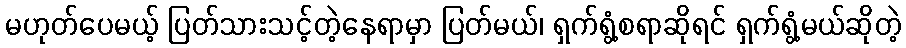
မဟုတ်ပေမယ့် ပြတ်သားသင့်တဲ့နေရာမှာ ပြတ်မယ်၊ ရှက်ရွံ့စရာဆိုရင် ရှက်ရွံ့မယ်ဆိုတဲ့